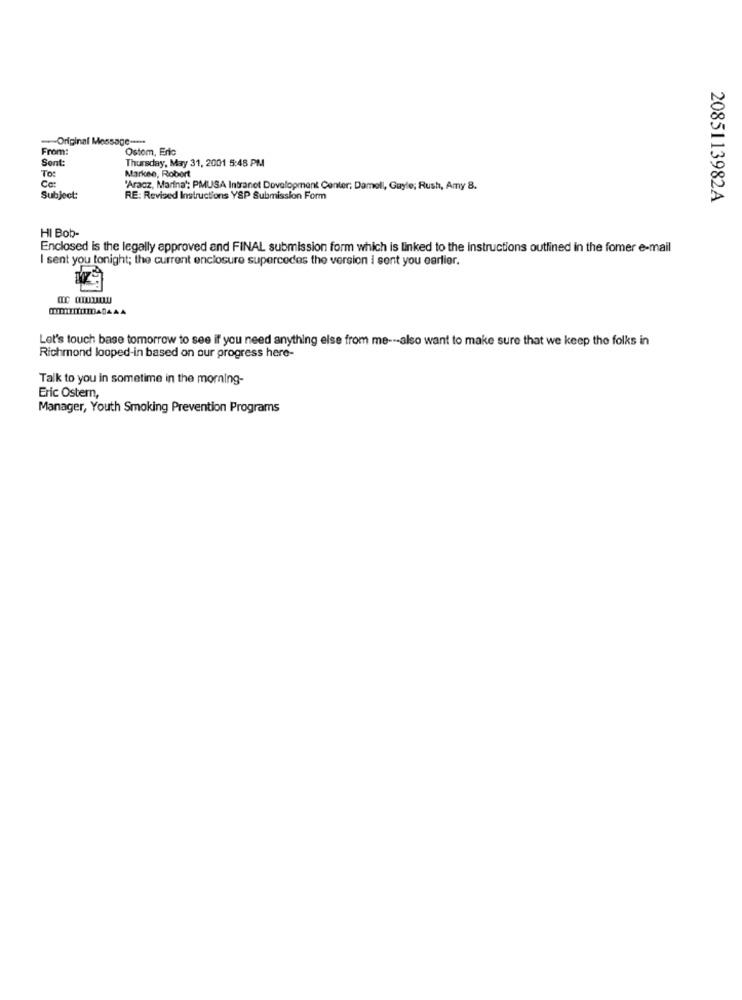
Original Me
From:
Ostom, Eric
Sent:
To:
Thursday, May 31, 2001 5:48 PM
Ce:
Markee, Robert
'Aracz, Marina": PMUSA Intranet Development Center; Damell, Gayle; Rush, Amy 8.
Subject:
RE: Revised Instructions YSP Submission Form
2085113982A
HI Bob-
Enclosed is the legally approved and FINAL submission form which is linked to the instructions outlined in the fomer e-mail
I sent you tonight; the current enclosure supercedes the version i sent you earlier.
Let's touch base tomorrow to see if you need anything else from me --- also want to make sure that we keep the folks in
Richmond looped-in based on our progress here-
Talk to you in sometime in the morning-
Eric Ostern,
Manager, Youth Smoking Prevention Programs